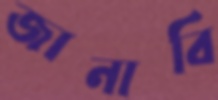
জানাবি